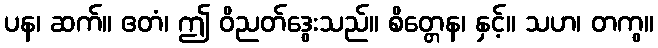
ပန၊ ဆက်။ ဧတံ၊ ဤ ဝိညတ်ဒွေးသည်။ စိတ္တေန၊ နှင့်။ သဟ၊ တကွ။